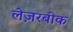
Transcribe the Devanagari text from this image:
लेज़रबीक